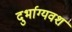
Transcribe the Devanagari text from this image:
दुर्भाग्‍यवश